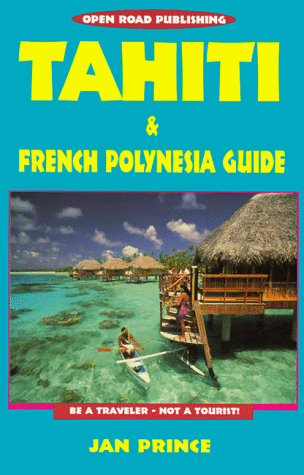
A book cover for Tahiti & French Polynesia Guide (Open Road Travel Guides Tahiti and French Polynesia Guide); Jan Prince; Travel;